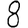
Digit: 8